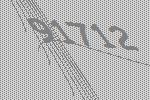
91712